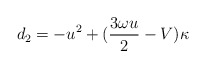
\begin{align*}d_{2}=-u^{2}+(\frac{3\omega u}{2}-V)\kappa\end{align*}